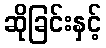
ဆိုခြင်းနှင့်